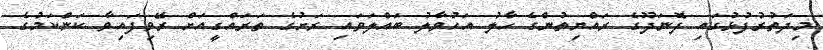
މިދަތުރުފުޅުގައި ފޮނަދޫގެ ރައްޔިތުންގެ ހާލު އަހުވާލު ބައްލަވައި ރަށުގެ ތަރައްގީއަށް ރޭވިފައިވާ ކަންކަމުގެ